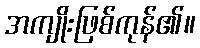
အကျိုးဖြစ်ကုန်၏။